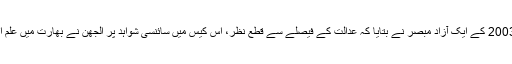
’دی انڈپینڈنٹ‘ سے بات کرتے ہوئے 2003 کے ایک آزاد مبصر نے بتایا کہ عدالت کے فیصلے سے قطع نظر، اس کیس میں سائنسی شواہد پر الجھن نے بھارت میں علم اثار قدیمہ کی ساکھ پر سایہ ڈال دیا ہے۔